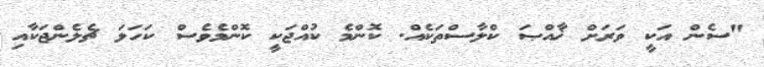
"ސެން އަކީ ވަރަށް ޚާއްޞަ ކްލާސްތަކެއް. ކޮންމެ ކުއްޖަކީ ކޮންމެވެސް ކަހަލަ ޗެލެންޖަކާއި